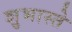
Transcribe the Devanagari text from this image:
शुभास्ते